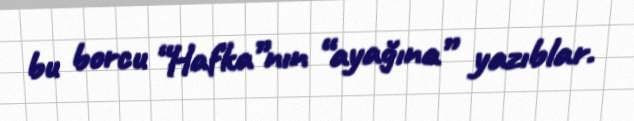
bu borcu “Hafka”nın “ayağına” yazıblar.